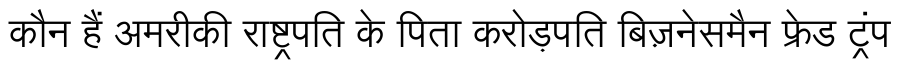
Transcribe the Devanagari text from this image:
कौन हैं अमरीकी राष्ट्रपति के पिता करोड़पति बिज़नेसमैन फ्रेड ट्रंप